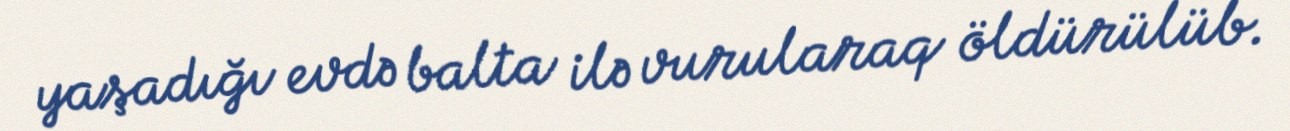
yaşadığı evdə balta ilə vurularaq öldürülüb.